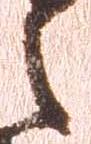
之